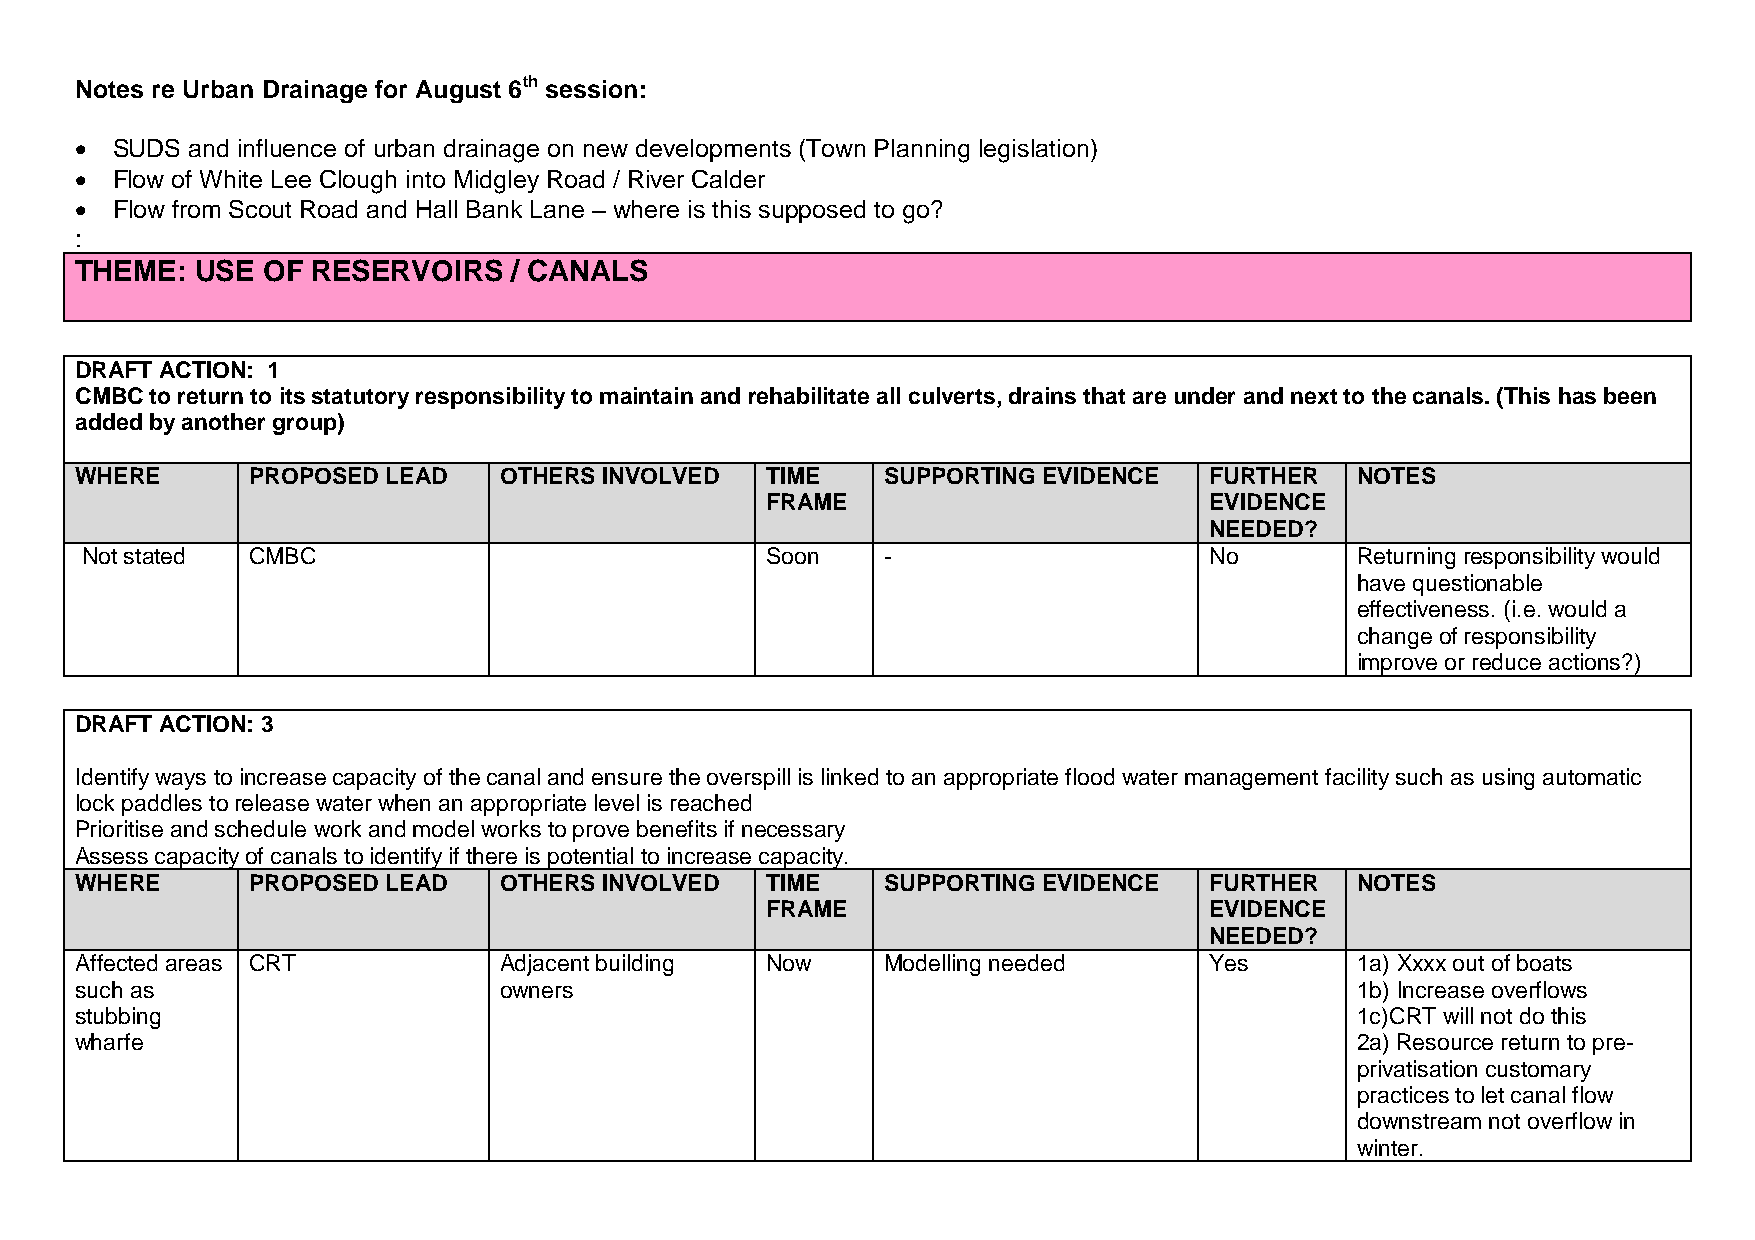
Notes re Urban Drainage for August 6th session:
  SUDS  and influence of urban drainage on new developments (Town Planning legislation)
  Flow of White Lee Clough into Midgley Road / River Calder
  Flow from Scout Road and Hall Bank Lane – where is this supposed to go?
 :
 THEME:  USE OF  RESERVOIRS   / CANALS
 DRAFT ACTION: 1
 CMBC to return to its statutory responsibility to maintain and rehabilitate all culverts, drains that are under and next to the canals. (This has been
 added by another group)
 WHERE      PROPOSED  LEAD   OTHERS INVOLVED   TIME    SUPPORTING EVIDENCE  FURTHER   NOTES
 FRAME                        EVIDENCE
 NEEDED?
 Not stated CMBC                               Soon    -                    No        Returning responsibility would
 have questionable
 effectiveness. (i.e. would a
 change of responsibility
 improve or reduce actions?)
 DRAFT ACTION: 3
 Identify ways to increase capacity of the canal and ensure the overspill is linked to an appropriate flood water management facility such as using automatic
 lock paddles to release water when an appropriate level is reached
 Prioritise and schedule work and model works to prove benefits if necessary
 Assess capacity of canals to identify if there is potential to increase capacity.
 WHERE      PROPOSED  LEAD   OTHERS INVOLVED   TIME    SUPPORTING EVIDENCE  FURTHER   NOTES
 FRAME                        EVIDENCE
 NEEDED?
 Affected areas CRT          Adjacent building Now     Modelling needed     Yes       1a) Xxxx out of boats
 such as                     owners                                                   1b) Increase overflows
 stubbing                                                                             1c)CRT will not do this
 wharfe                                                                               2a) Resource return to pre-
 privatisation customary
 practices to let canal flow
 downstream not overflow in
 winter.